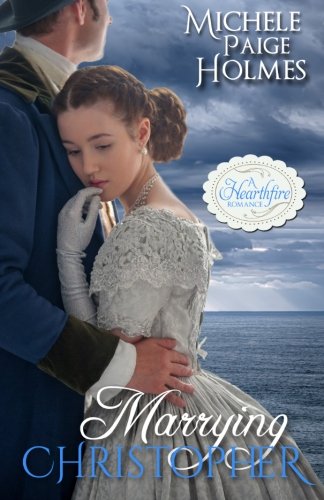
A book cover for Marrying Christopher (A Hearthfire Romance); Michele Paige Holmes; Romance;